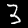
Digit: 3